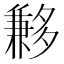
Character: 𡗄